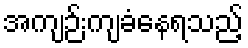
အကျဉ်းကျခံနေရသည့်